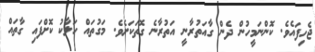
ޖެހިފައެވެ. ކޮންނަމީހުން ދެން ގާއަތުރާނީ އަތުރާނެ ގޮތަކަށެވެ. މަގުތައް ހަލާކު ކޮށްފައި ގާތައް